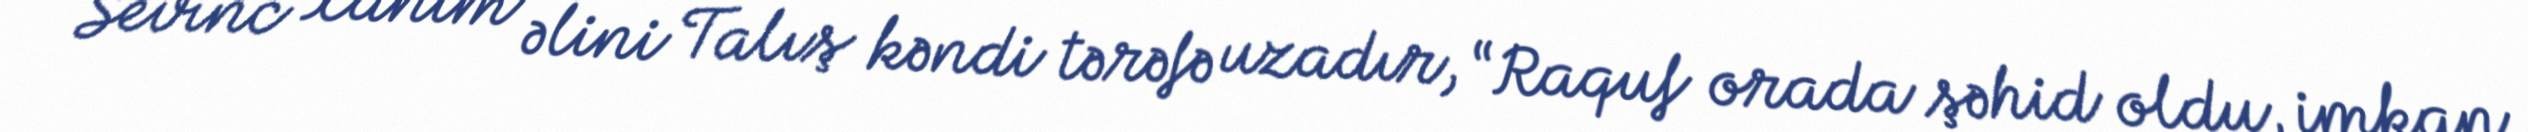
Sevinc xanım əlini Talış kəndi tərəfə uzadır, “Raquf orada şəhid oldu, imkan